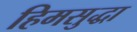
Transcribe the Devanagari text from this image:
हिमसुद्धा